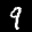
Label: 9